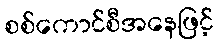
စစ်ကောင်စီအနေဖြင့်